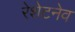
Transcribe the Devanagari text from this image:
रेशेटनेव